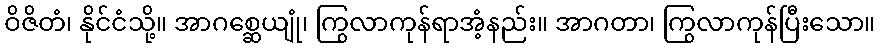
ဝိဇိတံ၊ နိုင်ငံသို့။ အာဂစ္ဆေယျုံ၊ ကြွလာကုန်ရာအံ့နည်း။ အာဂတာ၊ ကြွလာကုန်ပြီးသော။